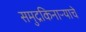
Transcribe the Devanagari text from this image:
समुद्रकिनाऱ्याचे